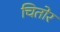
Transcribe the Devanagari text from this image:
चितोर